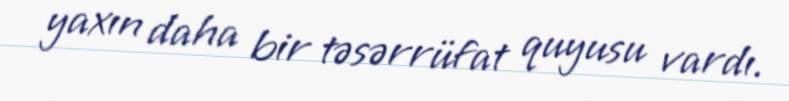
yaxın daha bir təsərrüfat quyusu vardı.